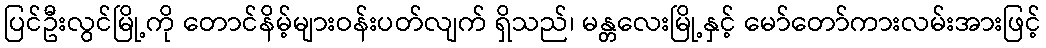
ပြင်ဦးလွင်မြို့ကို တောင်နိမ့်များဝန်းပတ်လျက် ရှိသည်၊ မန္တလေးမြို့နှင့် မော်တော်ကားလမ်းအားဖြင့်